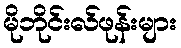
မိုဘိုင်းလ်ဖုန်းများ